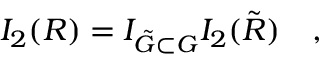
I _ { 2 } ( R ) = I _ { \tilde { G } \subset G } I _ { 2 } ( \tilde { R } ) \quad ,